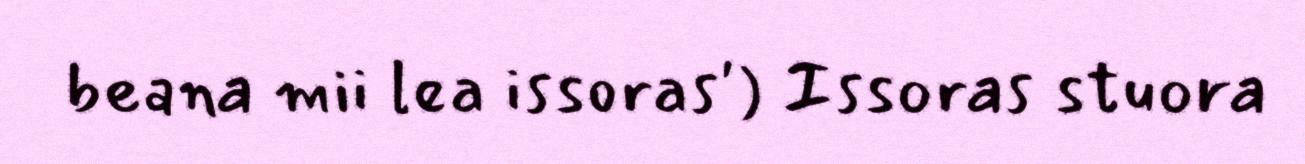
beana mii lea issoras') Issoras stuora